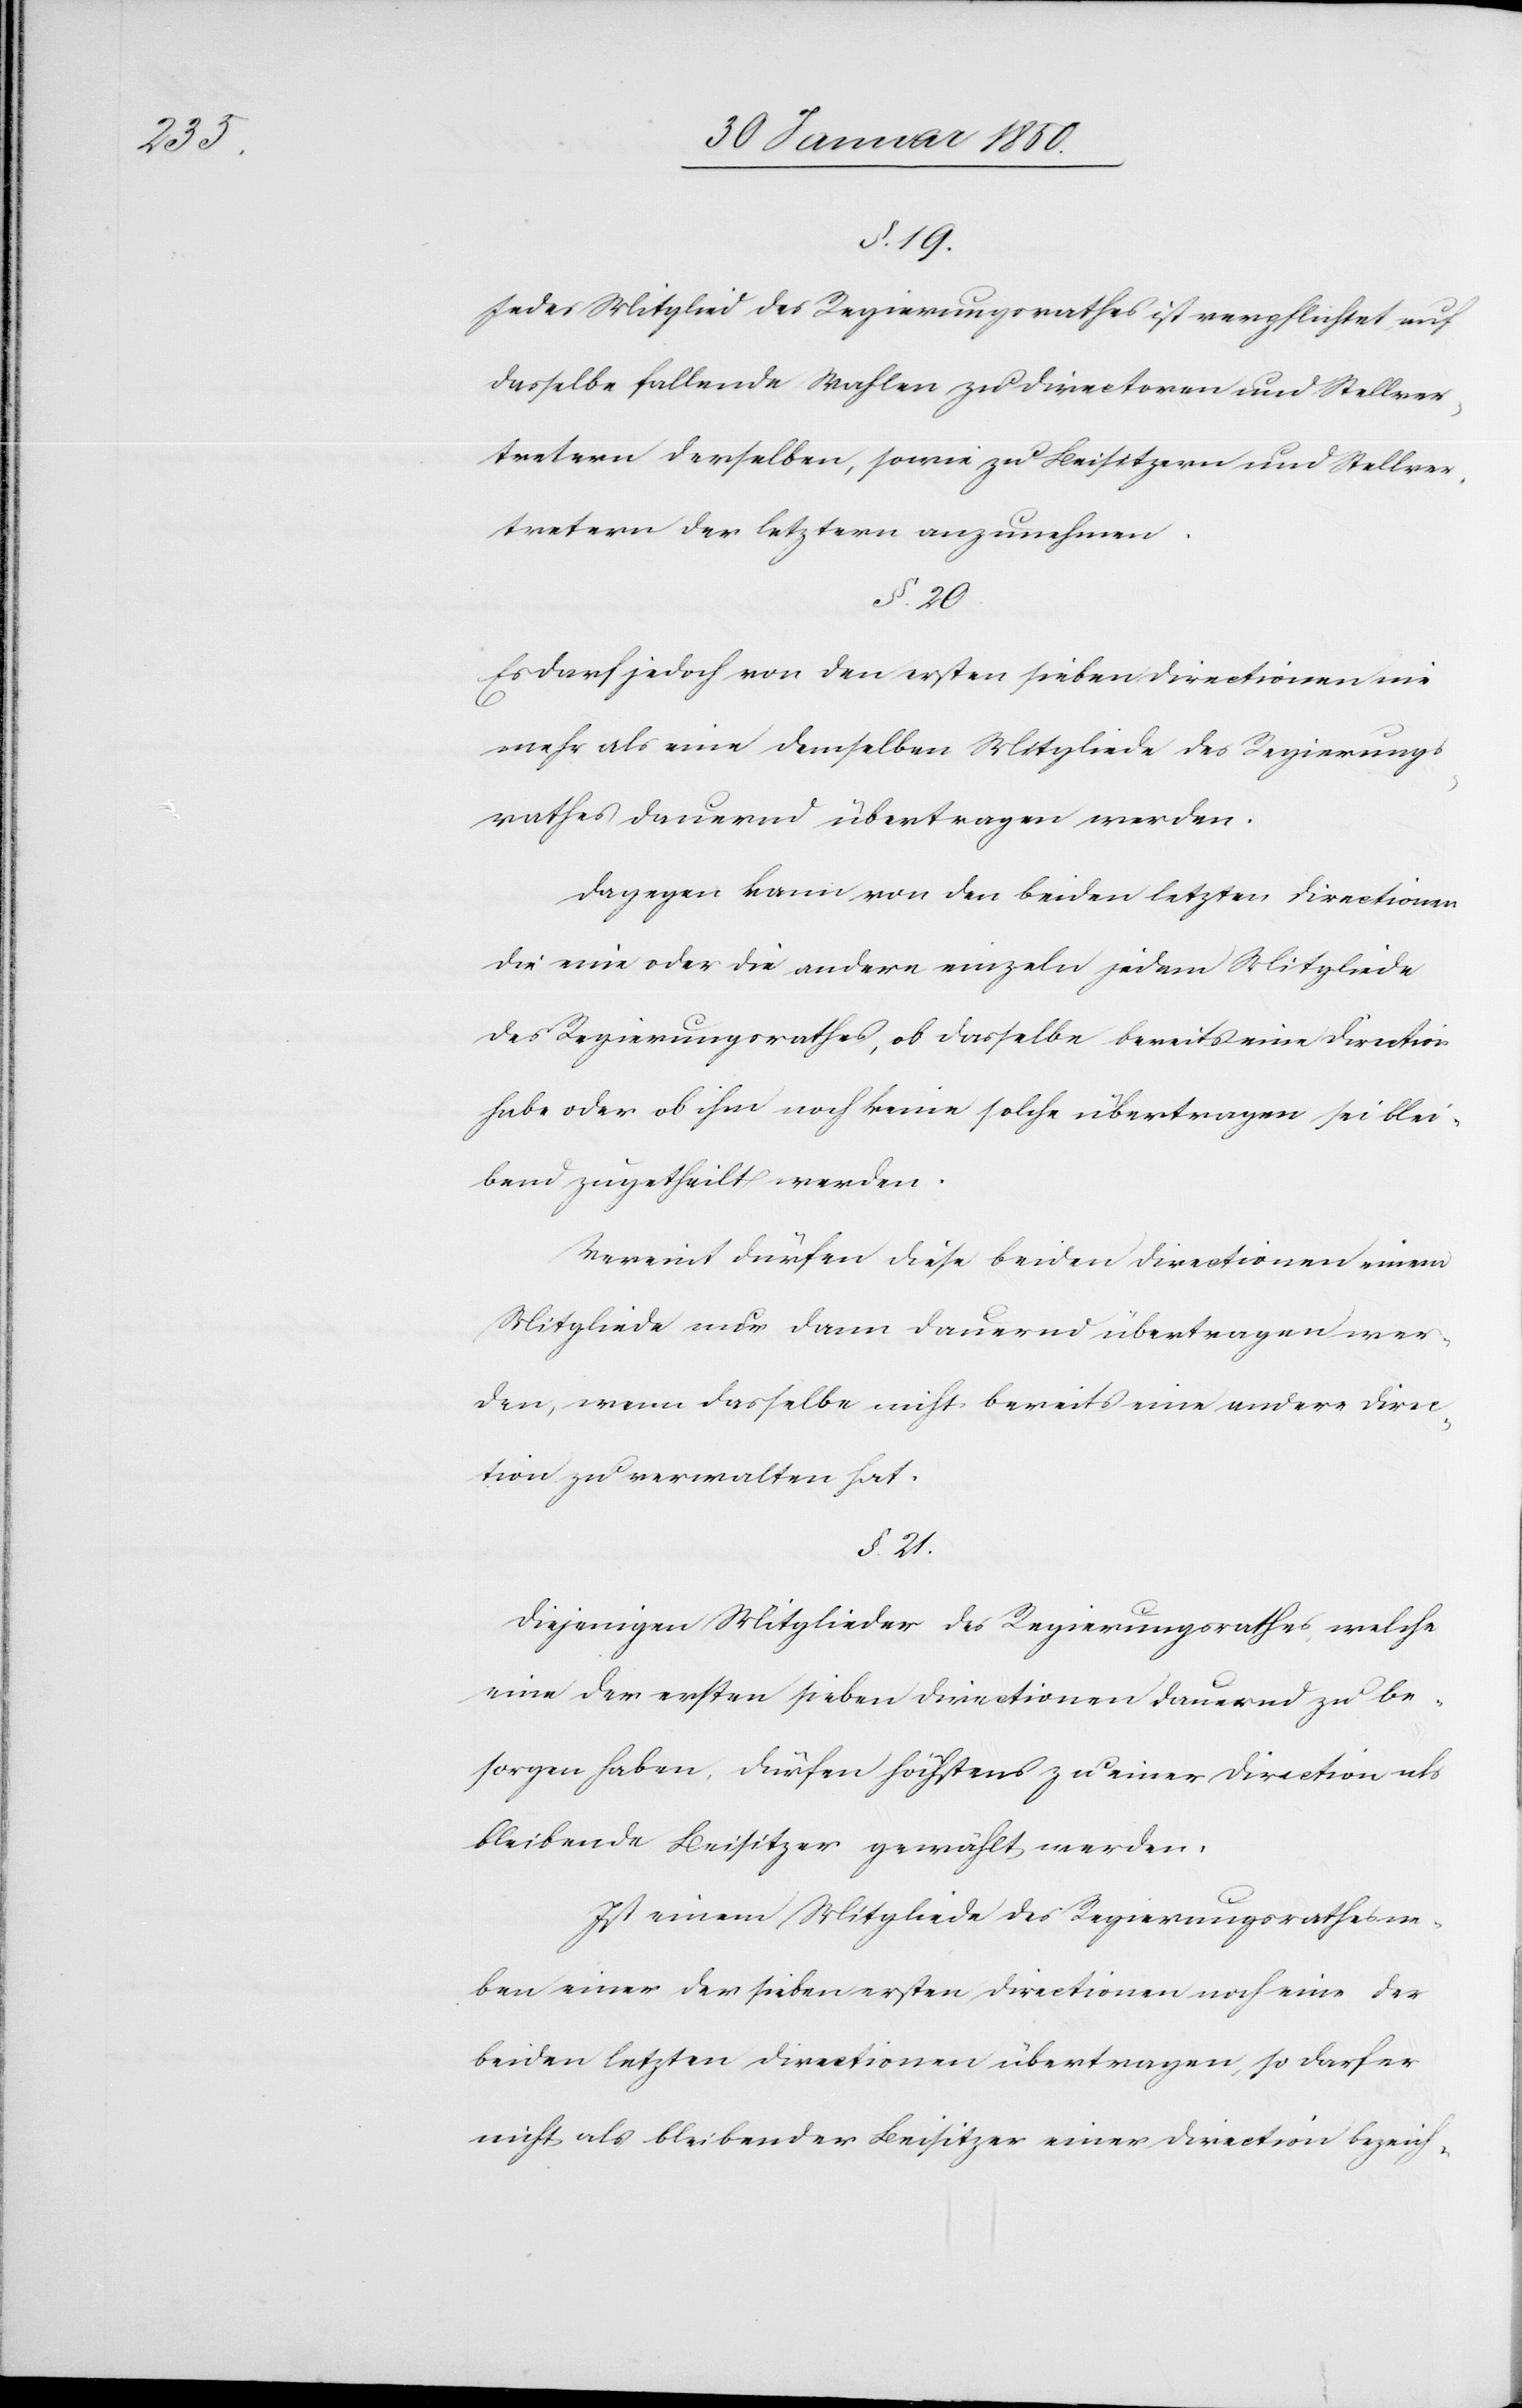
§. 19.
Jedes Mitglied des Regierungsrathes ist verpflichtet, auf
dasselbe fallende Wahlen zu Directoren und Stellver¬
tretern derselben, sowie zu Beisitzern und Stellver¬
tretern der letztern anzunehmen.
§. 20.
Es darf jedoch von den ersten sieben Directionen nie
mehr als eine demselben Mitgliede des Regierungs¬
rathes dauernd übertragen werden.
Dagegen kann von den beiden letzten Directionen
die eine oder die andere einzeln jedem Mitgliede
des Regierungsrathes, ob dasselbe bereits eine Direction
habe oder ob ihm noch keine solche übertragen sei blei¬
bend zugetheilt werden.
Vereint dürfen diese beiden Directionen einem
Mitgliede nur dann dauernd übertragen wer¬
den, wenn dasselbe nicht bereits eine andere Direc¬
tion zu verwalten hat.
§. 21.
Diejenigen Mitglieder des Regierungsrathes, welche
eine der ersten sieben Directionen dauernd zu be¬
sorgen haben, dürfen höchstens zu einer Direction als
bleibende Beisitzer gewählt werden.
Ist einem Mitgliede des Regierungsrathes ne¬
ben einer der sieben ersten Directionen noch eine der
beiden letzten Directionen übertragen, so darf er
nicht als bleibender Beisitzer einer Direction bezeich-